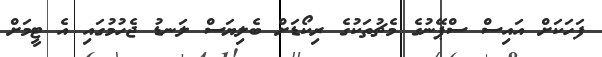
ފަހަކަށް އައިސް ސްޕޭނުގެ މެޗުތަކުގެ ރިކޯޑަށް ބެލިޔަސް ލަނޑު ޖެހުމުގައި އެ ޓީމަށް